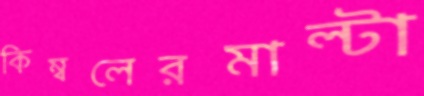
কিম্বলেরমাল্টা